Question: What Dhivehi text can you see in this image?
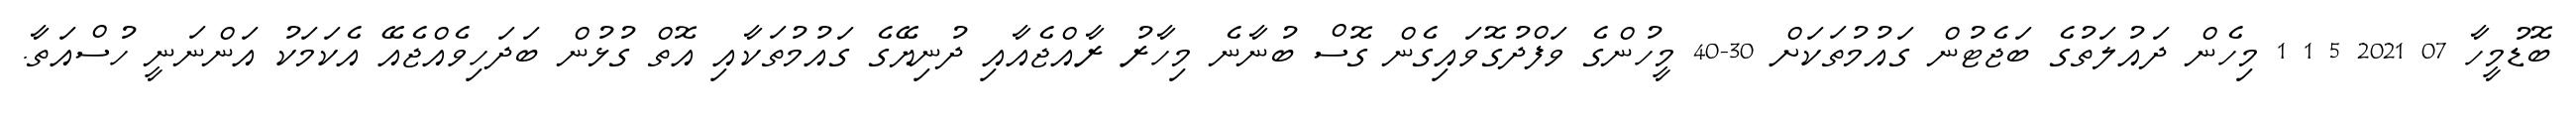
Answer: ބޮޑުމީހާ 07 2021 5 1 1 މިހެން ދައުލަތުގެ ބަޖެޓުން ގައުމުތަކަށް 30-40 މީހުންގެ ވަފްދުގޮވައިގެން ގޮސް ބުނާނެ މިހާރު ރާއްޖެއާއި ދުނިޔޭގެ ގައުމުތަކާއި އޮތް ގުޅުން ބަދަހިވެއްޖެއޭ އެކަމަކު އަންނަނީ ހުސްއަތާ.